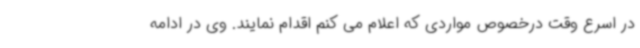
در اسرع وقت درخصوص مواردی که اعلام می کنم اقدام نمایند. وی در ادامه